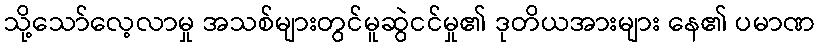
သို့သော်လေ့လာမှု အသစ်များတွင်မူဆွဲငင်မှု၏ ဒုတိယအားများ နေ၏ ပမာဏ